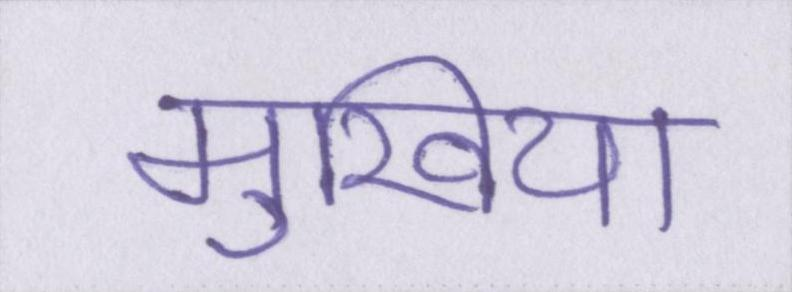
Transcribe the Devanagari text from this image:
मुखिया